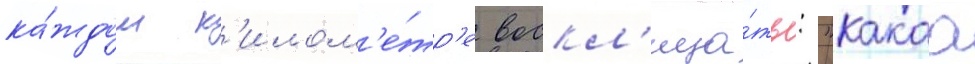
ка́ждом к'илом'е́тр'е воскл'ица́ть: "какаа